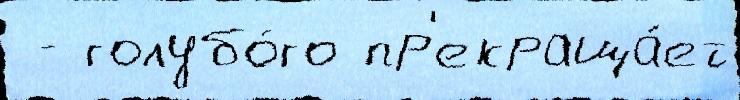
 - голубо́го пр'екраща́ет